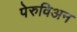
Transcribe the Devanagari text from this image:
पेरुविअन